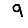
Digit: 9